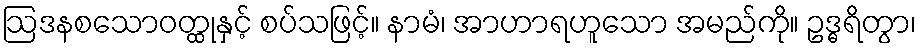
ဩဒနစသောဝတ္ထုနှင့် စပ်သဖြင့်။ နာမံ၊ အာဟာရဟူသော အမည်ကို။ ဥဒ္ဓရိတွာ၊